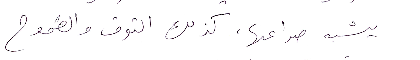
يشبه صراعها، كذلك التوق والطموح